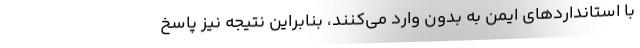
با استانداردهای ایمن به بدون وارد می‌کنند، بنابراین نتیجه نیز پاسخ